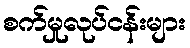
စက်မှုလုပ်ငန်းများ